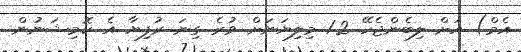
އެމް) އަށް ލިބެންޖެހޭ 1.2 މިލިޔަނަށް ވުރެ ގިނަ ރުފިޔާ އެ ކޮމިޝަނުން